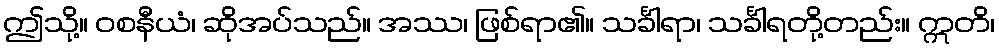
ဤသို့။ ဝစနီယံ၊ ဆိုအပ်သည်။ အဿ၊ ဖြစ်ရာ၏။ သင်္ခါရာ၊ သင်္ခါရတို့တည်း။ ဣတိ၊